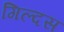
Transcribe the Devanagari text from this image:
गिल्दस